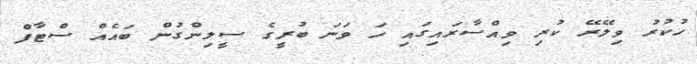
ހުކުރު ވިލޭރޭ ކުރި ވިއްސާރައިގައި ހަ ވަނަ ބުރީގެ ސީލިންގުން ބައެއް ސްޓާފް